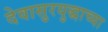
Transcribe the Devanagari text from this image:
देवासुरयुद्धाच्या